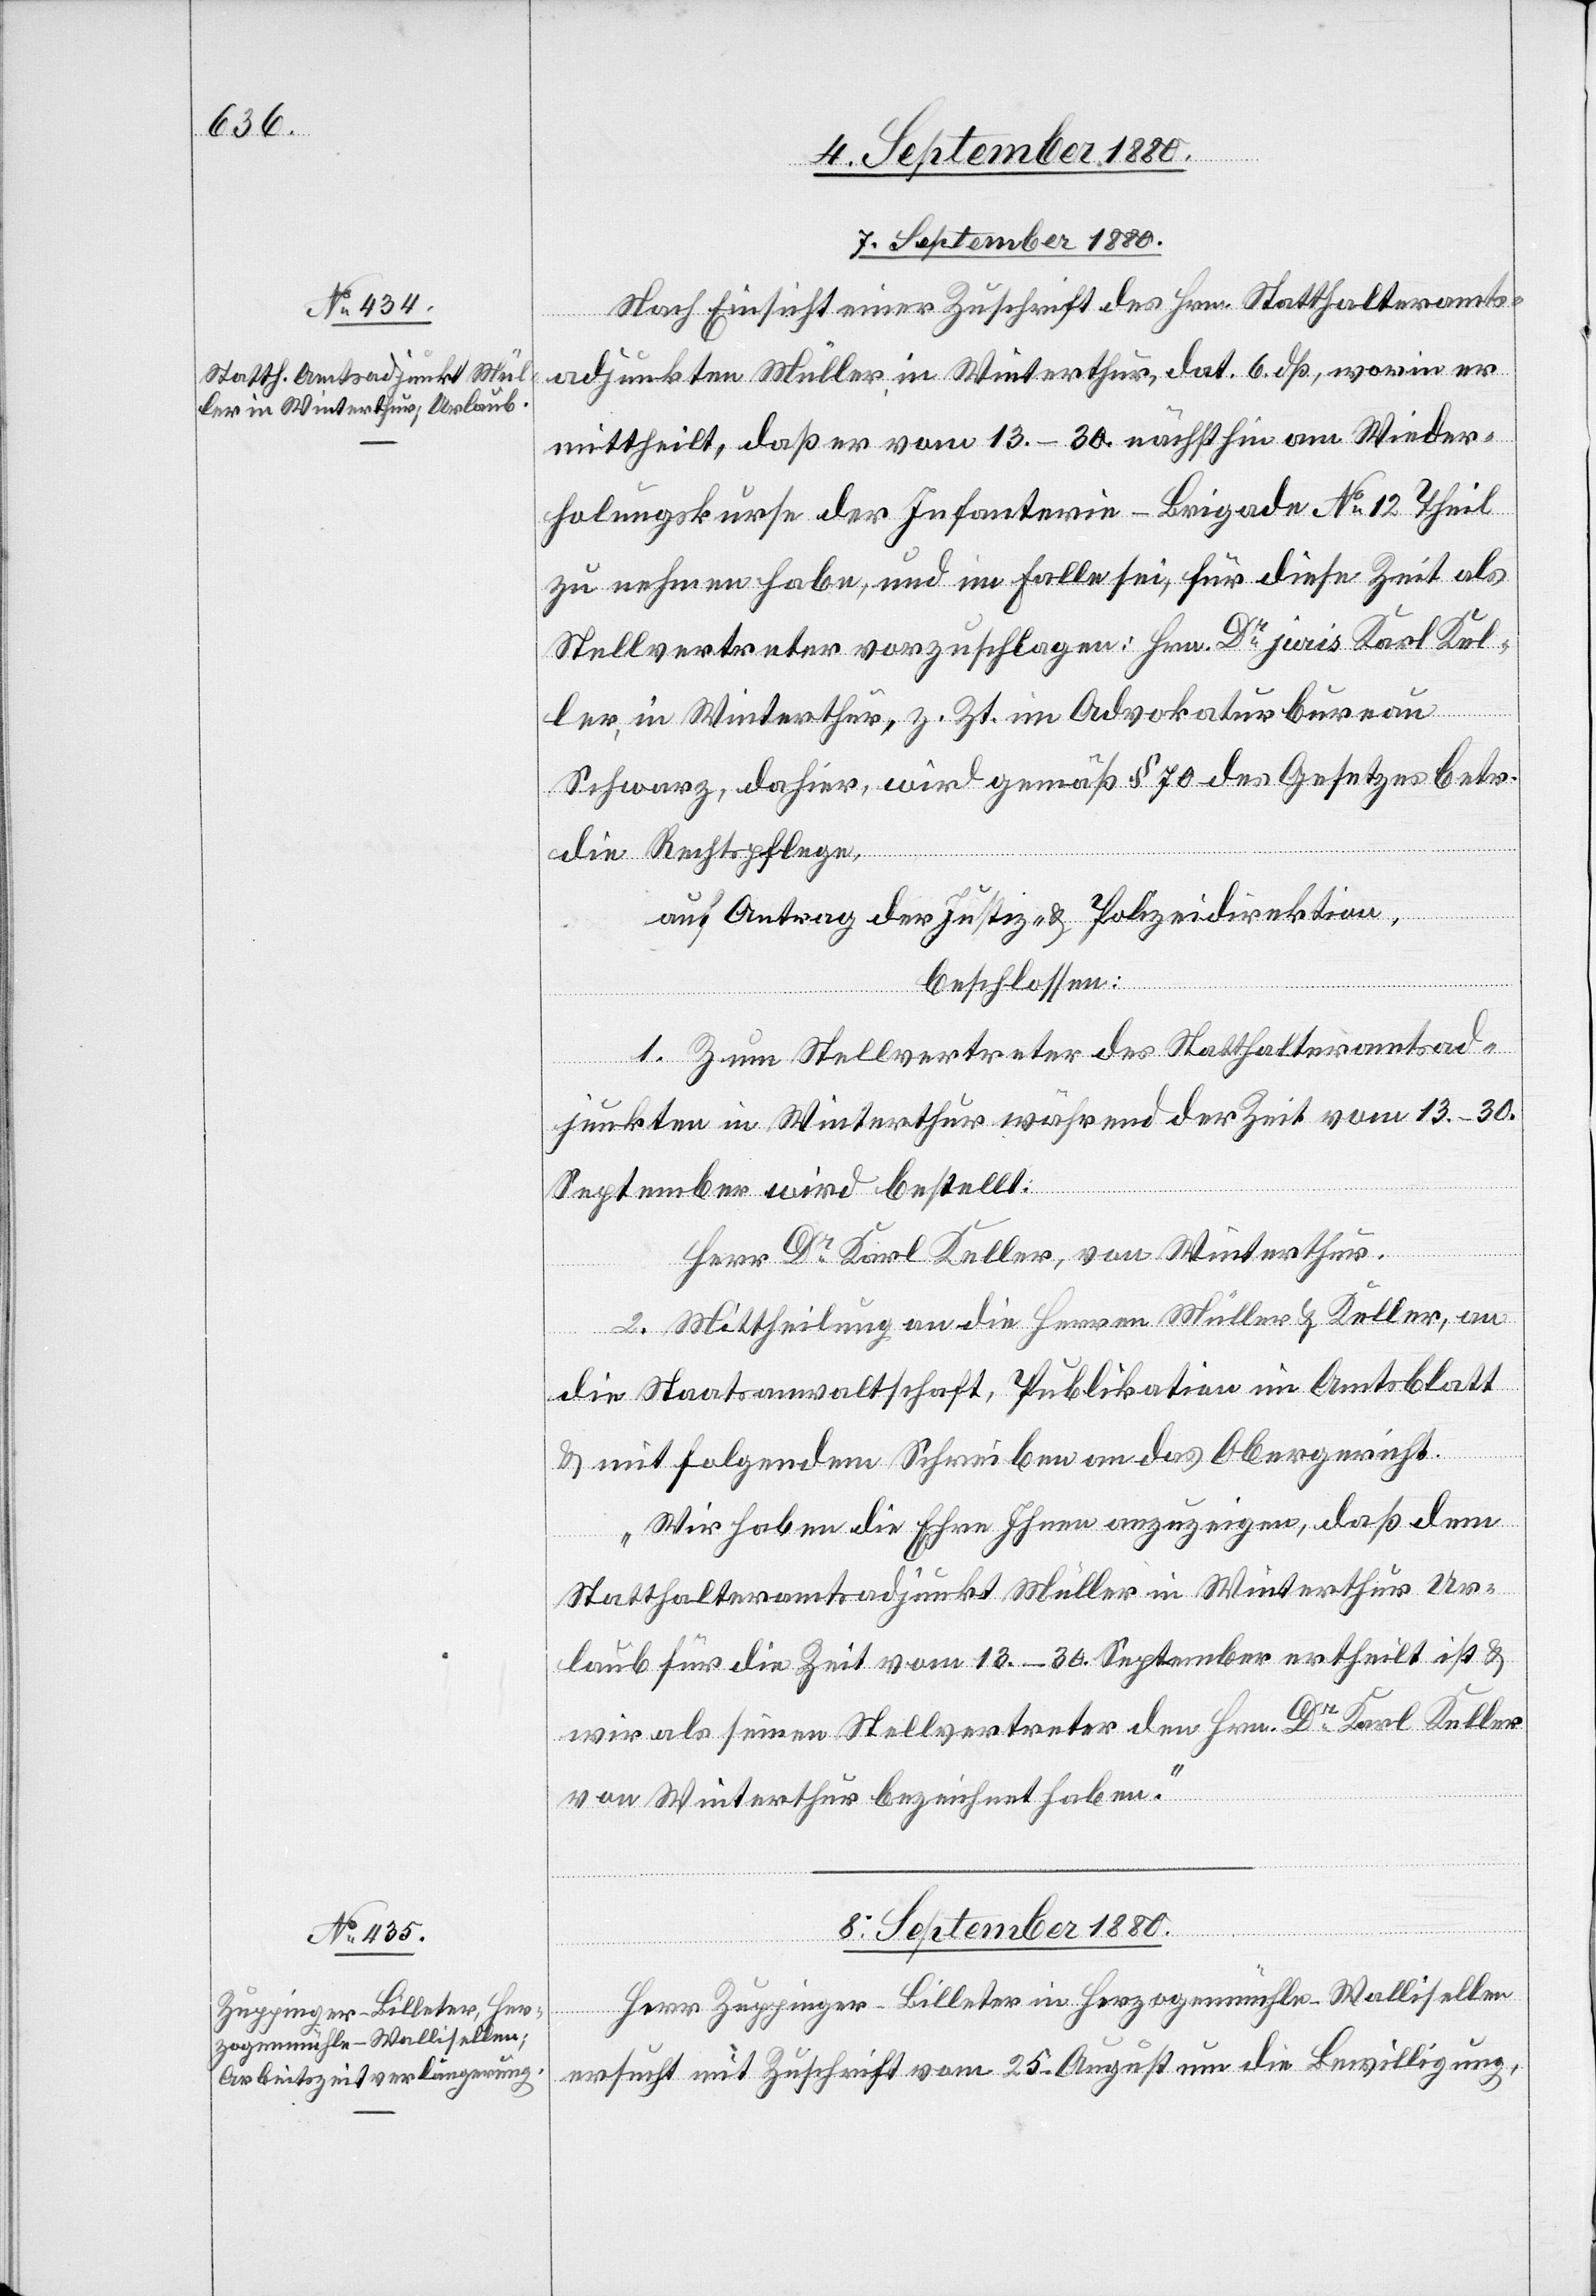
7. September 1880.
Nach Einsicht einer Zuschrift des Hrn. Statthalteramts¬
adjunkten Müller in Winterthur, dat. 6. dß, worin er
mittheilt, daß er vom 13.–30. nächsthin am Wieder¬
holungskurse der Infanterie-Brigade No 12 Theil
zu nehmen habe, und im Falle sei, für diese Zeit als
Stellvertreter vorzuschlagen: Hrn. Dr juris Karl Kel¬
ler, in Winterthur, z. Zt. im Advokaturbureau
Schwarz, dahier, wird gemäß § 70 des Gesetzes betr.
die Rechtspflege,
auf Antrag der Justiz- & Polizeidirektion,
beschlossen:
1. Zum Stellvertreter des Statthalteramtsad¬
junkten in Winterthur während der Zeit vom 13.–30.
September wird bestellt:
Herr Dr Karl Keller, von Winterthur.
2. Mittheilung an die Herren Müller & Keller, an
die Staatsanwaltschaft, Publikation im Amtsblatt
& mit folgendem Schreiben an das Obergericht.
„Wir haben die Ehre Ihnen anzuzeigen, daß dem
Statthalteramtsadjunkt Müller in Winterthur Ur¬
laub für die Zeit vom 13.–30. September ertheilt ist &
wir als seinen Stellvertreter den Hrn. Dr Karl Keller
von Winterthur bezeichnet haben.“
8. September 1880.
Herr Zuppinger-Billeter in Herzogenmühle - Wallisellen
ersucht mit Zuschrift vom 25. August um die Bewilligung,